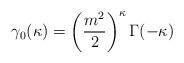
LaTeX: \begin{align*}\gamma_0 (\kappa) = \left( \frac{m^2}{2} \right)^\kappa \Gamma (-\kappa) \end{align*}